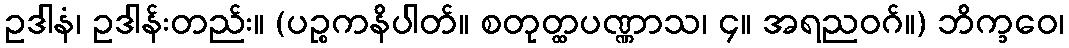
ဥဒါနံ၊ ဥဒါန်းတည်း။ (ပဉ္စကနိပါတ်။ စတုတ္ထပဏ္ဏာသ၊ ၄။ အရညဝဂ်။) ဘိက္ခဝေ၊